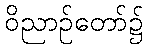
ဝိညာဉ်တော်၌